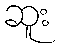
ဆူး